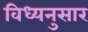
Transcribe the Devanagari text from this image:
विध्यनुसार